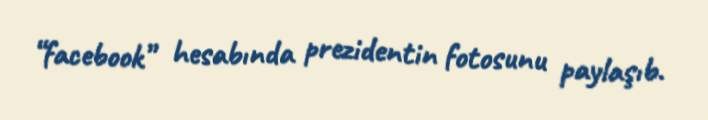
“facebook” hesabında prezidentin fotosunu paylaşıb.